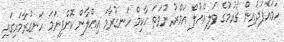
ހަމައެފަދައިން ޤައުމުގެ ވަލިއްޔުލް އަމްރު ނުވަތަ ޙާކިމް ހަނގުރާމަ އިޢްލާން ކޮށްފިނަމަ ހަނގުރާމައިގައި